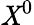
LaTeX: \mathit{X}^{0}